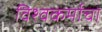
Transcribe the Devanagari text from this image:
विश्‍वकर्माचा